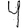
Digit: 4